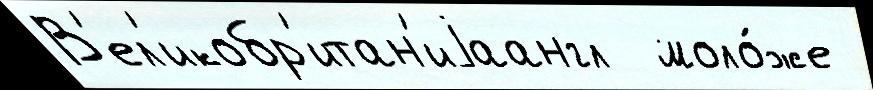
В'ел'икобр'итан'иjаангл  моло́же